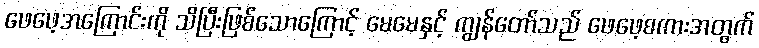
ဖေဖေ့အကြောင်းကို သိပြီးဖြစ်သောကြောင့် မေမေနှင့် ကျွန်တော်သည် ဖေဖေ့စကားအတွက်